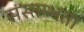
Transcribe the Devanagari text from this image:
संस्तम्भता